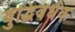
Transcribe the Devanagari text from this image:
बुद्धिवर्धक